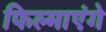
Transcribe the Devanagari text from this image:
फिल्माएंगे